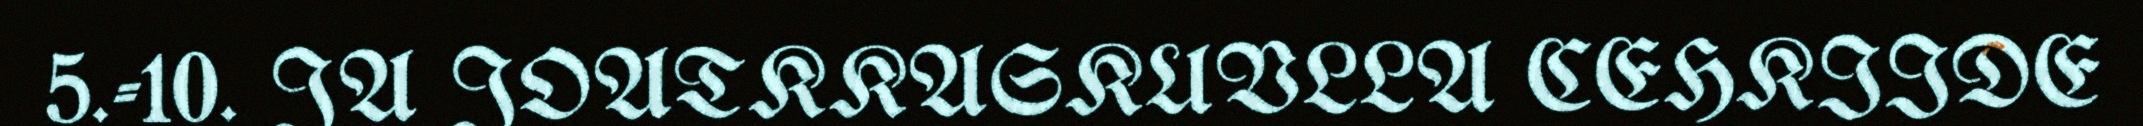
5.-10. JA JOATKKASKUVLLA CEHKIIDE